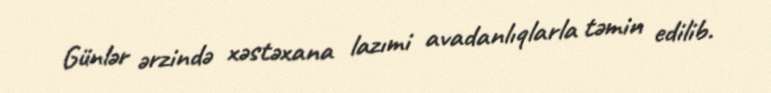
Günlər ərzində xəstəxana lazımi avadanlıqlarla təmin edilib.